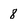
Character: 8